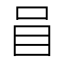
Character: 𱒒